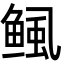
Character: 鲺